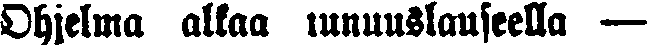
Ohjelma alkaa tunnuslauseella —